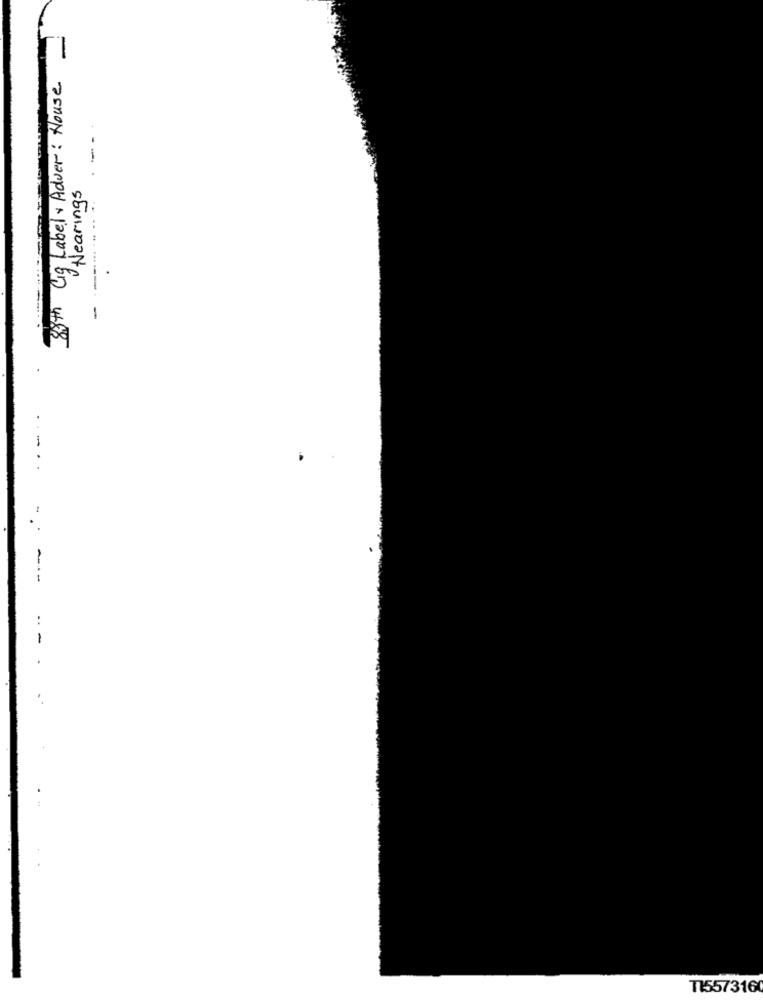
83th Ciq Label & Adver: House
--
Hearings
-
...
T1557316